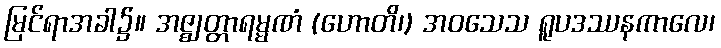
မြင်ရာအခါ၌။ အဇ္ဈတ္တာရမ္မဏံ (ဟောတိ၊) အဝသေသ ရူပဒဿနကာလေ၊